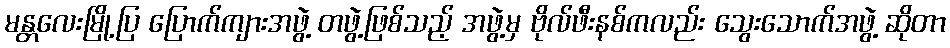
မန္တလေးမြို့ပြ ပြောက်ကျားအဖွဲ့ တဖွဲ့ဖြစ်သည့် အဖွဲ့မှ ဗိုလ်ဖီးနစ်ကလည်း သွေးသောက်အဖွဲ့ ဆိုတာ